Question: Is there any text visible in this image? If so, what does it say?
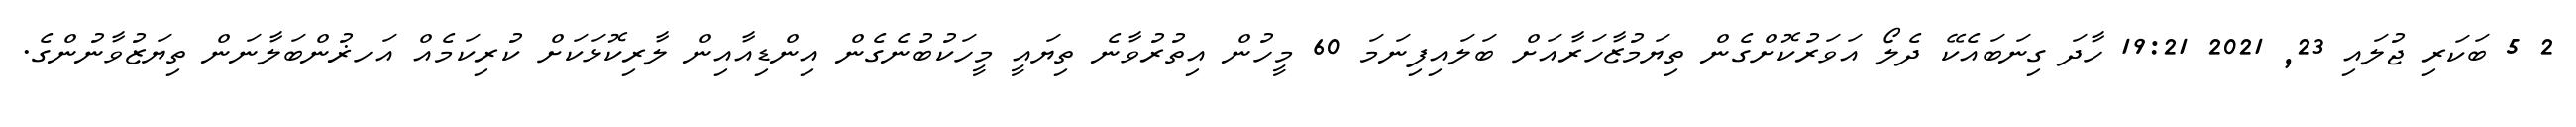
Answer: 2 5 ބަކަރި ޖުލައި 23, 2021 19:21 ހާދަ ގިނަބައެކޭ ދެލޯ އަވަރުކޮށްގެން ތިޔަމުޒާހަރާއަށް ބަލައިފިނަމަ 60 މީހުން އިތުރުވާނެ ތިޔައީ މީހަކުބުނެގެން އިންޑިއާއިން ލާރިކޮޅަކަށް ކުރިކަމެއް އަހޜުންބަލާނަން ތިޔަޒުވާނުންގެ.